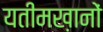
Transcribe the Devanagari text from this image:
यतीमख़ानों